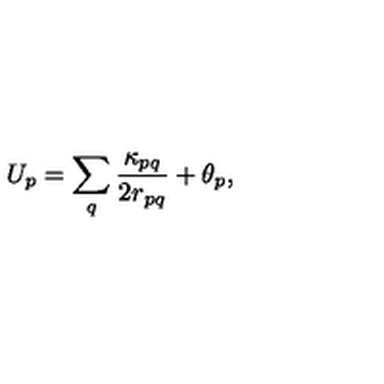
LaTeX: U _ { p } = \sum _ { q } \frac { \kappa _ { p q } } { 2 r _ { p q } } + \theta _ { p } ,